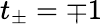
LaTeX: t_{\pm}=\mp 1